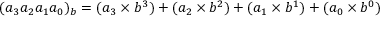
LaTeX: ( a _ { 3 } a _ { 2 } a _ { 1 } a _ { 0 } ) _ { b } = ( a _ { 3 } \times b ^ { 3 } ) + ( a _ { 2 } \times b ^ { 2 } ) + ( a _ { 1 } \times b ^ { 1 } ) + ( a _ { 0 } \times b ^ { 0 } )